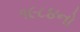
૧૯૮૪નો